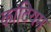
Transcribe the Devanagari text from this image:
कांटियम